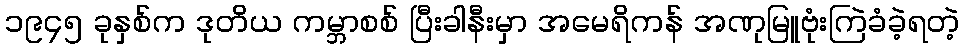
၁၉၄၅ ခုနှစ်က ဒုတိယ ကမ္ဘာစစ် ပြီးခါနီးမှာ အမေရိကန် အဏုမြူဗုံးကြဲခံခဲ့ရတဲ့